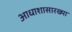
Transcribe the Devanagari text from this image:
आधाशासारख्या